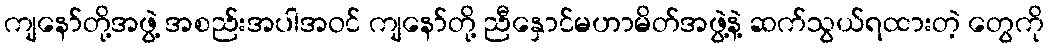
ကျနော်တို့အဖွဲ့ အစည်းအပါအဝင် ကျနော်တို့ ညီနှောင်မဟာမိတ်အဖွဲ့နဲ့ ဆက်သွယ်ရထားတဲ့ တွေကို